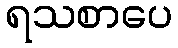
ရသစာပေ